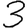
Digit: 3